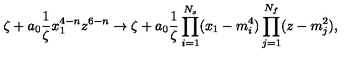
\zeta + a _ { 0 } \frac { 1 } { \zeta } x _ { 1 } ^ { 4 - n } z ^ { 6 - n } \to \zeta + a _ { 0 } \frac { 1 } { \zeta } \prod _ { i = 1 } ^ { N _ { s } } ( x _ { 1 } - m _ { i } ^ { 4 } ) \prod _ { j = 1 } ^ { N _ { f } } ( z - m _ { j } ^ { 2 } ) ,